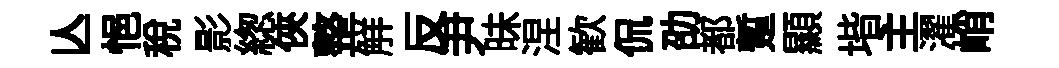
亾悒稅影緫俠整觧反尹昧涅歓侃劭都蹔顯堦主濯峭